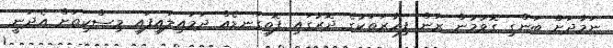
ނަމާދަށް ބަންގި ގޮވުމުން ރަން ފިހާރަތަކުގެ ދޮރުގައި ފޮތިގަނޑެއް ދަމައިލައިފައި މިސްކިތަށް އެދަނީ